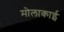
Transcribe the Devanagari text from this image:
मोलाकाई